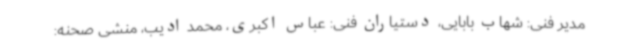
مدیر فنی: شهاب بابایی، دستیاران فنی: عباس اکبری، محمد ادیب، منشی صحنه: